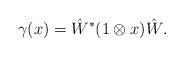
LaTeX: \begin{align*}\gamma(x)=\hat{W}^*(1\otimes x)\hat{W}.\end{align*}